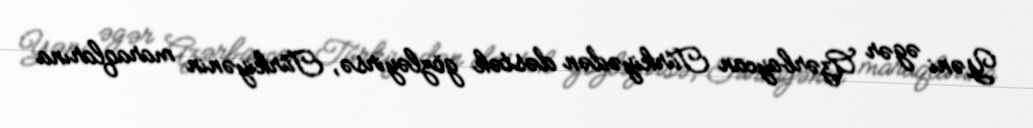
Yəni əgər Azərbaycan Türkiyədən dəstək gözləyirsə, Türkiyənin maraqlarına